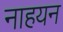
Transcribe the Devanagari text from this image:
नाहयन